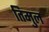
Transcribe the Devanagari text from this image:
तिमुल